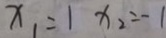
x _ { 1 } = 1 x _ { 2 } = - 1